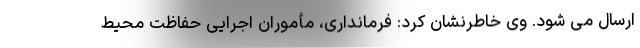
ارسال می شود. وی خاطرنشان کرد: فرمانداری، مأموران اجرایی حفاظت محیط